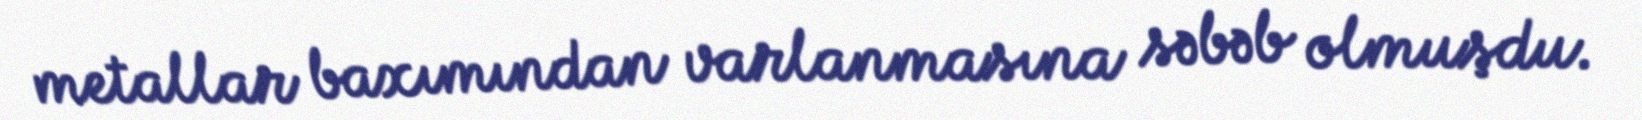
metallar baxımından varlanmasına səbəb olmuşdu.